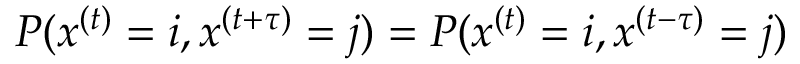
P ( x ^ { ( t ) } = i , x ^ { ( t + \tau ) } = j ) = P ( x ^ { ( t ) } = i , x ^ { ( t - \tau ) } = j )